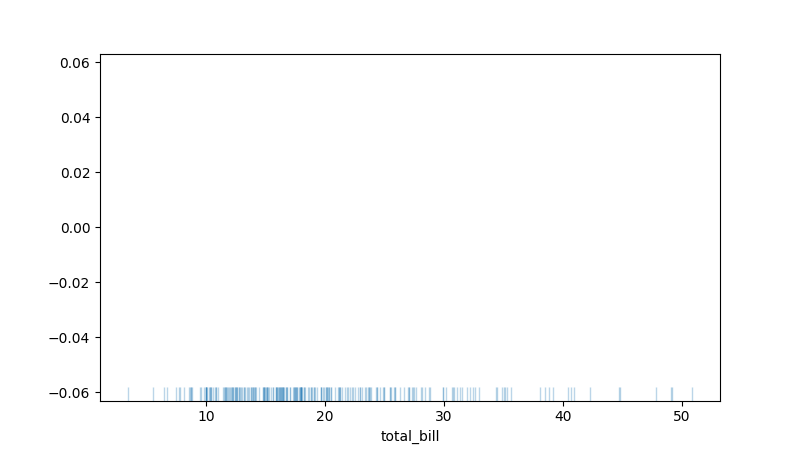
python, seaborn, rugplot, height=0.04, axis='x', alpha=0.3